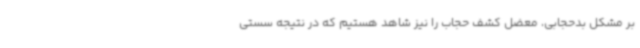
بر مشکل بدحجابی، معضل کشف حجاب را نیز شاهد هستیم که در نتیجه سستی